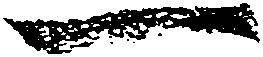
一